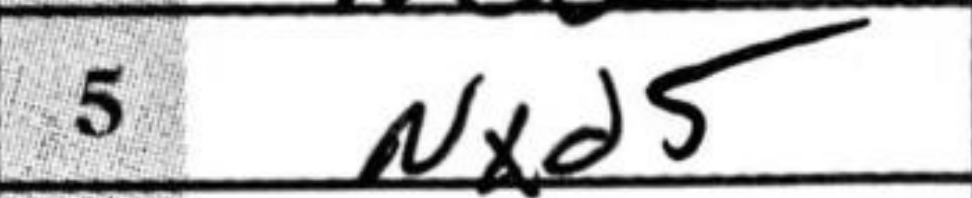
Transcription: Nxd5